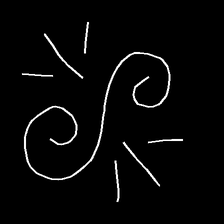
Glyph: wind-directs-air